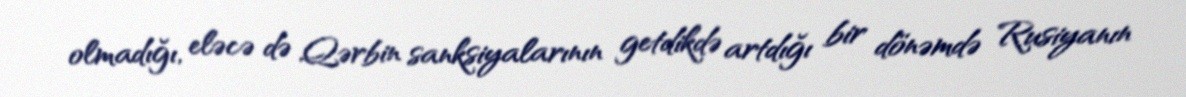
olmadığı, eləcə də Qərbin sanksiyalarının getdikdə artdığı bir dönəmdə Rusiyanın